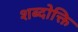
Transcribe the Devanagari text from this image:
शब्दोक्ति